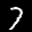
Label: 7